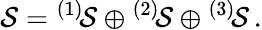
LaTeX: {\cal S}={}^{(1)}\! {\cal S}\oplus{}^{(2)}\! {\cal S}\oplus{}^{(3)}\! {\cal S}\, .